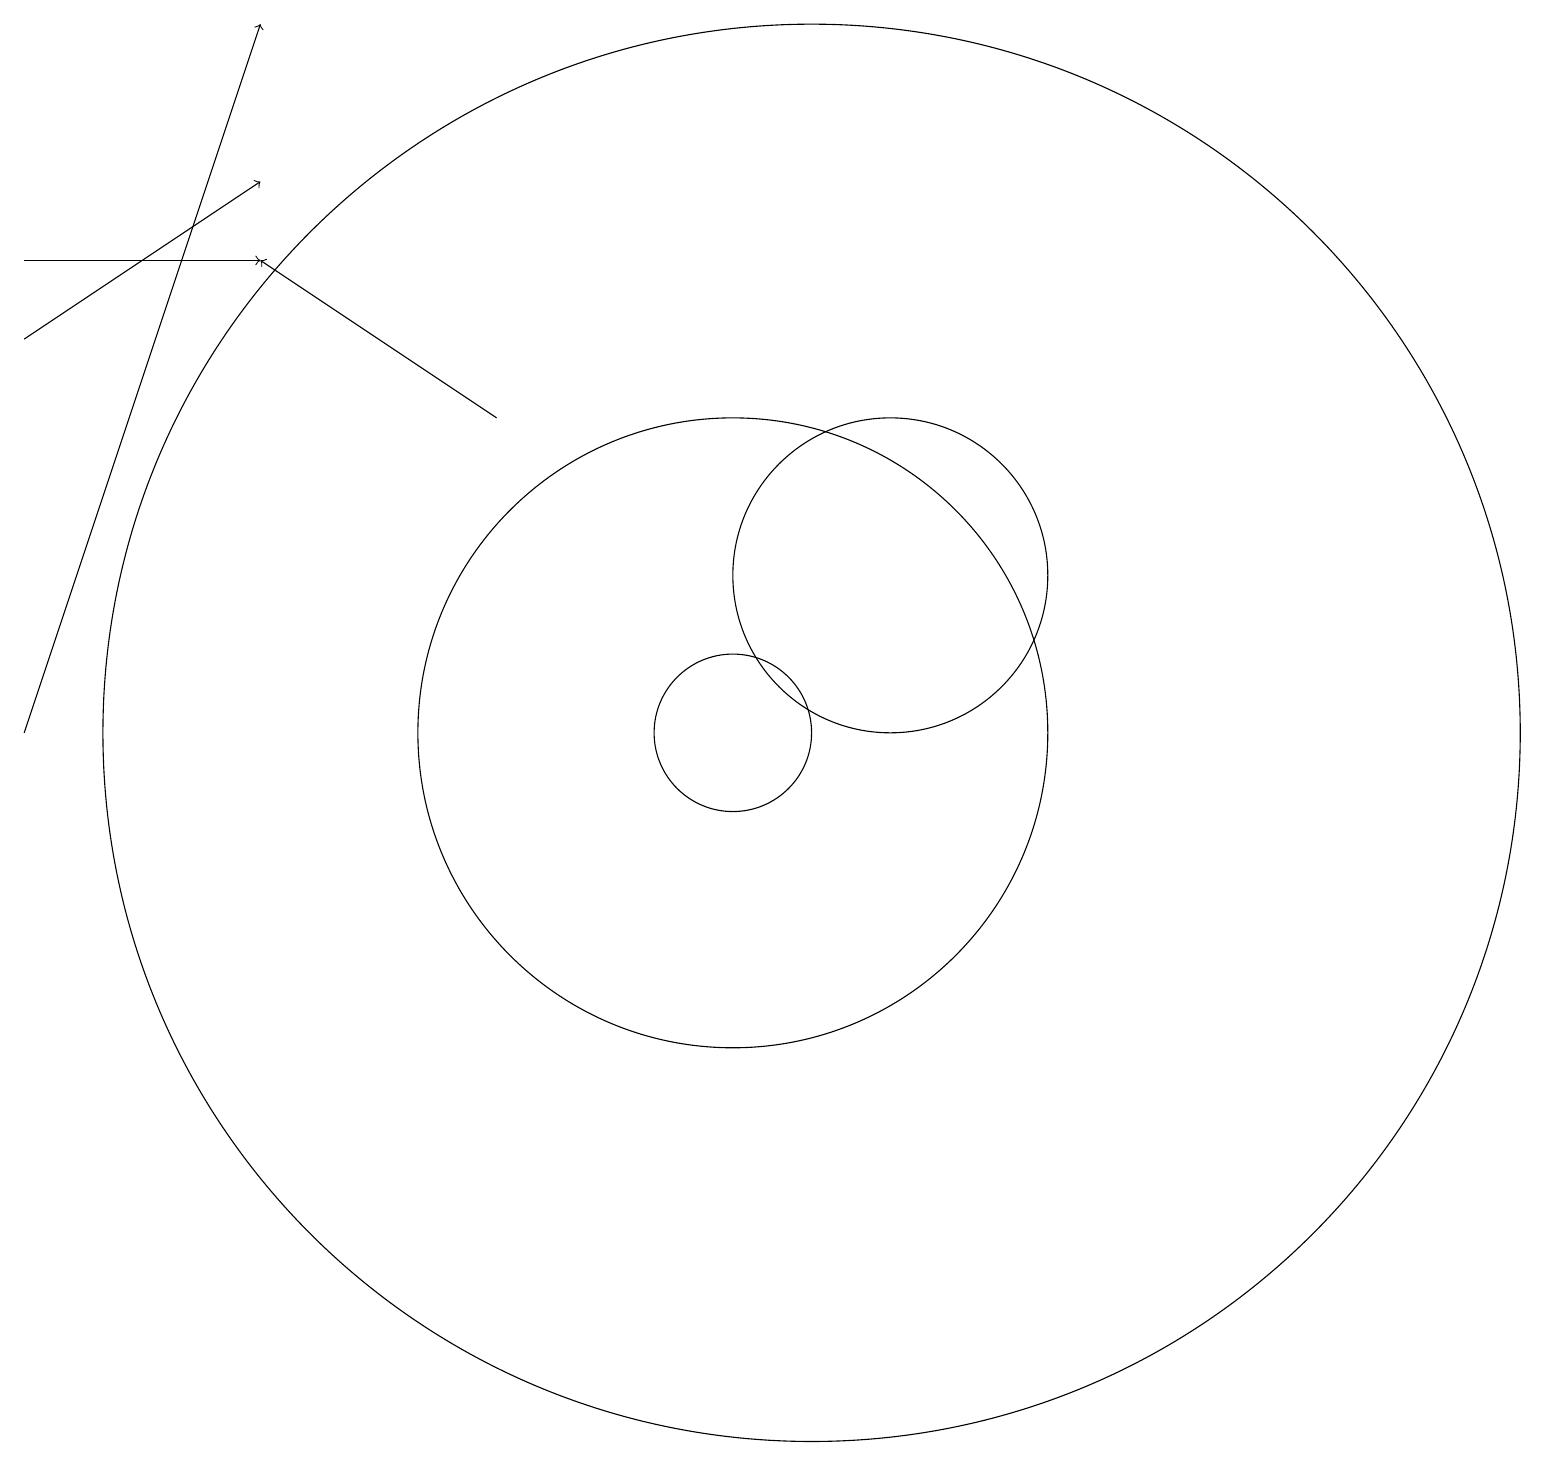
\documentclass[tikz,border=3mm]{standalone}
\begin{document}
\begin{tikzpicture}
\draw[->] (7,14) -- (4,16);
\draw (10,10) circle (1);
\draw (11,10) circle (9);
\draw[->] (1,16) -- (4,16);
\draw[->] (1,10) -- (4,19);
\draw[->] (1,15) -- (4,17);
\draw (10,10) circle (4);
\draw (12,12) circle (2);
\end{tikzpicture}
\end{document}